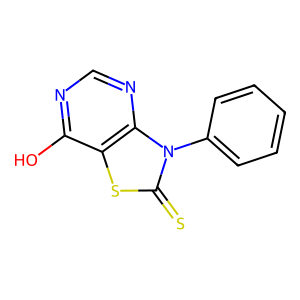
SMILES: Oc1ncnc2c1sc(=S)n2-c1ccccc1
Inhibits HIV replication: No